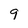
Character: 9